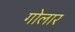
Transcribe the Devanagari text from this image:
गोलार